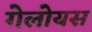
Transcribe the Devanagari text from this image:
गेलोयस